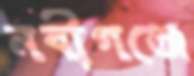
নবীগঞ্জে